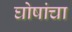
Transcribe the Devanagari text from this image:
घोषांचा